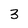
Character: 3